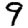
Digit: 9